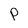
Character: P